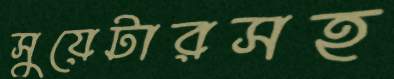
সুয়েটারসহ